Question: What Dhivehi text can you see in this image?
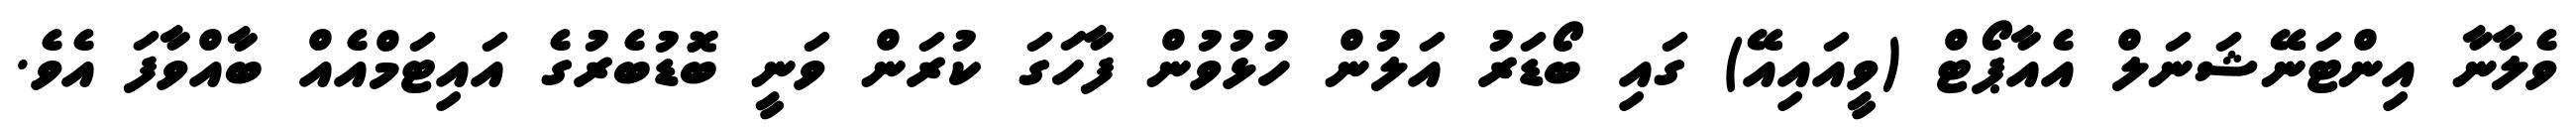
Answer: ވެލާނާ އިންޓަނޭޝަނަލް އެއާޕޯޓް (ވީއައިއޭ) ގައި ބޯޑަރު އަލުން ހުޅުވުން ފާހަގަ ކުރަން ވަނީ ބޮޑުބެރުގެ އައިޓަމްއެއް ބާއްވާފަ އެވެ.